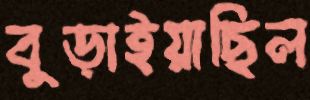
বুড়াইয়াছিল